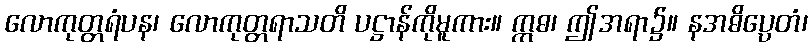
လောကုတ္တရံပန၊ လောကုတ္တရာသတိ ပဋ္ဌာန်ကိုမူကား။ ဣဓ၊ ဤအရာ၌။ နအဓိပ္ပေတံ၊